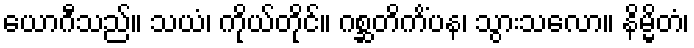
ယောဂီသည်။ သယံ၊ ကိုယ်တိုင်။ ဂစ္ဆတိကိံပန၊ သွားသလော။ နိမ္မိတံ၊